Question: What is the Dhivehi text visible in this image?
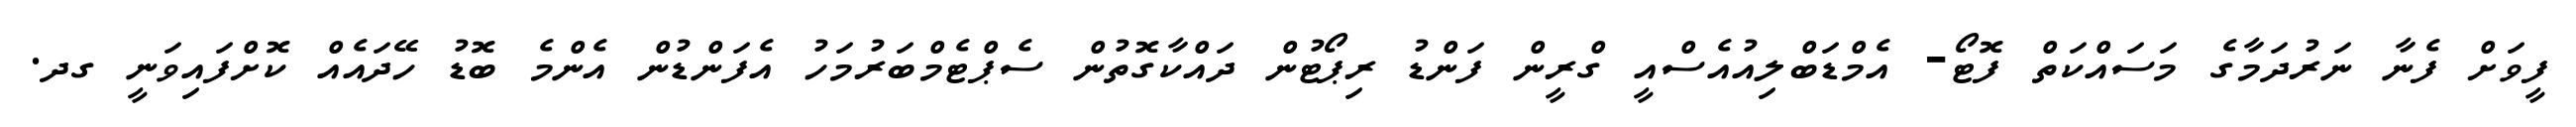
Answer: ފީވަށް ފެނާ ނަރުދަމާގެ މަސައްކަތް ފޮޓޯ- އެމްޑަބްލިއުއެސްއީ ގްރީން ފަންޑު ރިޕޯޓުން ދައްކާގޮތުން ސެޕްޓެމްބަރުމަހު އެފަންޑުން އެންމެ ބޮޑު ހޭދައެއް ކޮށްފައިވަނީ ގދ.